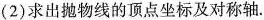
(2)求出抛物线的顶点坐标及对称轴。